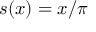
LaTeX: s ( x ) = x / \pi